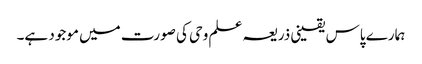
ہمارے پاس یقینی ذریعہ علم وحی کی صورت میں موجود ہے۔